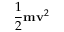
{ \frac { 1 } { 2 } } \mathbf { m } \mathbf { v } ^ { 2 }